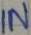
Text: IN